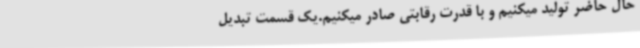
حال حاضر تولید میکنیم و با قدرت رقابتی صادر میکنیم.یک قسمت تبدیل